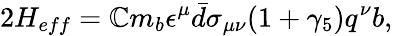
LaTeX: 2H_{eff}=\mathbb{C}m_{b}\epsilon^{\mu}\bar{{d}}\sigma_{\mu\nu}(1+\gamma_{5})q^{\nu}b,